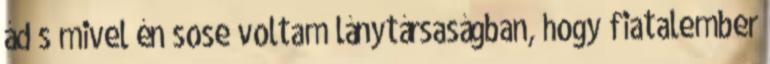
ád s mivel én sose voltam lánytársaságban, hogy fiatalember